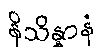
နိသိန္နာနံ